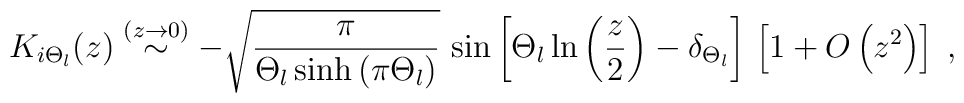
K_{i\Theta_{l}} (z)   \stackrel{(z \rightarrow 0)}{\sim}-\sqrt{ \frac{\pi}{ \Theta_{l} \sinh  \left( \pi \Theta_{l} \right) } }\,\sin\left[\Theta_{l} \ln \left( \frac{ z }{2} \right) - \delta_{\Theta_{l}}\right]\,\left[ 1 + O \left( z^{2} \right)  \right] \;  ,